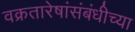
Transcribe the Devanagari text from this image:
वक्रतारेषांसंबंधीच्या